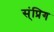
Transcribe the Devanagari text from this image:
स्ंिप्रग